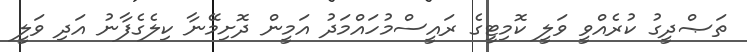
ތަޞްދީގު ކުރެއްވީ ވަލީ ކޮމިޓީގެ ރައީސްމުހައްމަދު އަމީން ދޮށިމޭނާ ކިލެގެފާނު އަދި ވަލީ